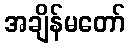
အချိန်မတော်